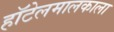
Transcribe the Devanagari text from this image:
हॉटेलमालकाला